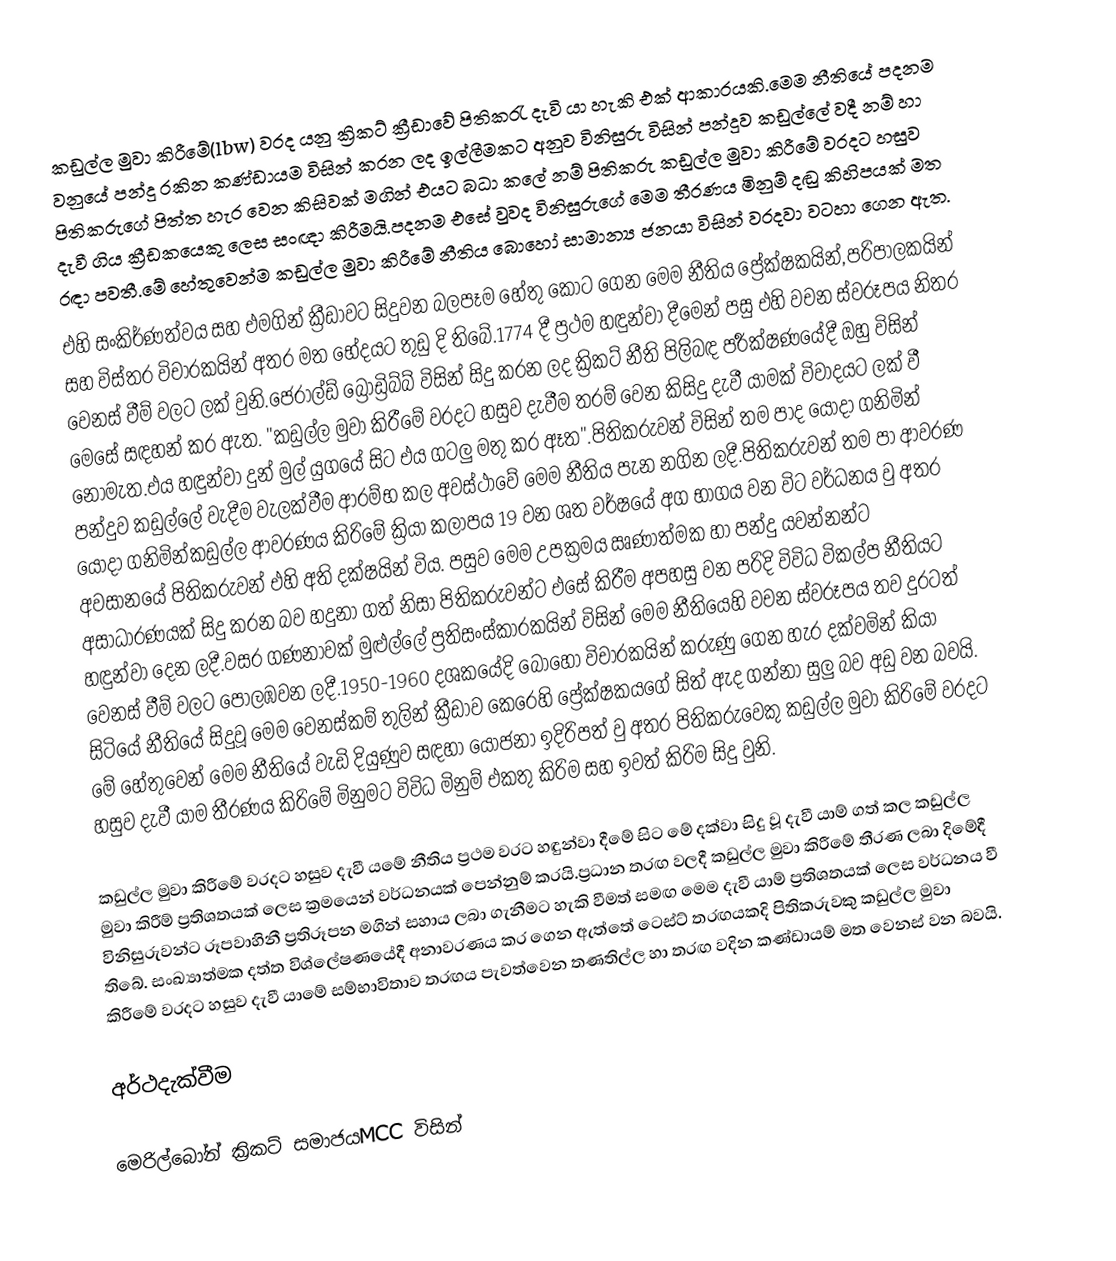
කඩුල්ල මුවා කිරීමේ(lbw) වරද යනු ක්‍රිකට් ක්‍රීඩාවේ පිතිකරැ  දැවි යා හැකි එක් ආකාරයකි.මෙම නීතියේ පදනම වනුයේ පන්දු රකින කණ්ඩායම විසින් කරන ලද ඉල්ලීමකට අනුව විනිසුරු විසින් පන්දුව කඩුල්ලේ වදී නම් හා පිතිකරුගේ පිත්ත හැර වෙන කිසිවක් මගින් එයට බධා කලේ නම් පිතිකරු කඩුල්ල මුවා කිරීමේ වරදට හසුව දැවී ගිය ක්‍රීඩකයෙකු ලෙස සංඥා කිරීමයි.පදනම එසේ වුවද විනිසුරුගේ මෙම තීරණය මිනුම් දඬු කිහිපයක් මත රඳා පවතී.මේ හේතුවෙන්ම කඩුල්ල මුවා කිරීමේ නීතිය බොහෝ සාමාන්‍ය ජනයා විසින් වරදවා වටහා ගෙන ඇත.
එහි සංකිර්ණත්වය සහ එමගින් ක්‍රීඩාවට සිදුවන බලපෑම හේතු කොට ගෙන මෙම නීතිය ප්‍රේක්ෂකයින්,පරිපාලකයින් සහ විස්තර විචාරකයින් අතර මත භේදයට තුඩු දි තිබේ.1774 දී ප්‍රථම හඳුන්වා දීමෙන් පසු එහි වචන ස්වරූපය නිතර වෙනස් වීම් වලට ලක් වුනි.ජෙරාල්ඩ් බ්‍රොඩ්‍රිබ්බ් විසින් සිදු කරන ලද ක්‍රිකට් නීති පිලිබඳ පර්‍රක්ෂණයේදී ඔහු විසින් මෙසේ සඳහන් කර ඇත. "කඩුල්ල මුවා කිරීමේ වරදට හසුව දැවීම තරම් වෙන කිසිදු දැවී යාමක් විවාදයට ලක් වී නොමැත.එය හඳුන්වා දුන් මුල් යුගයේ සිට එය ගටලු මතු කර ඈත".පිතිකරුවන් විසින් තම පාද යොදා ගනිමින් පන්දුව කඩුල්ලේ වැදීම වැලක්වීම ආරම්භ කල අවස්ථාවේ මෙම නීතිය පැන නගින ලදී.පිතිකරුවන් තම පා ආවරණ යොදා ගනිමින්කඩුල්ල ආවරණය කිරිමේ ක්‍රියා කලාපය 19 වන ශත වර්ෂයේ අග භාගය වන විට වර්ධනය වු අතර අවසානයේ පිතිකරුවන් එහි අති දක්ෂයින් විය. පසුව මෙම උපක්‍රමය ඍණාත්මක හා පන්දු යවන්නන්ට අසාධාරණයක් සිදු කරන බව හදුනා ගත් නිසා පිතිකරුවන්ට එසේ කිරීම අපහසු වන පරිදි විවිධ විකල්ප නීතියට හඳුන්වා දෙන ලදී.වසර ගණනාවක් මුළුල්ලේ ප්‍රතිසංස්කාරකයින් විසින් මෙම නීතියෙහි වචන ස්වරූපය තව දුරටත් වෙනස් වීම් වලට පොලඹවන ලදී.1950-1960 දශකයේදි බොහෝ විචාරකයින් කරුණු ගෙන හැර දක්වමින් කියා සිටියේ නීතියේ සිදුවූ මෙම වෙනස්කම් තුලින් ක්‍රීඩාව කෙරෙහි ප්‍රේක්ෂකයගේ සිත් ඇද ගන්නා සුලු බව අඩු වන බවයි. මේ හේතුවෙන් මෙම නීතියේ වැඩි දියුණුව සඳහා යෝජනා ඉදිරිපත් වු අතර පිතිකරුවෙකු කඩුල්ල මුවා කිරිමේ වරදට හසුව දැවී යාම තීරණය කිරිමේ මිනුමට විවිධ මිනුම් එකතු කිරිම සහ ඉවත් කිරිම සිදු වුනි.

කඩුල්ල මුවා කිරීමේ වරදට හසුව දැවී යමේ නීතිය ප්‍රථම වරට හඳුන්වා දීමේ සිට මේ දක්වා සිදු වූ දැවී යාම් ගත් කල කඩුල්ල මුවා කිරීම් ප්‍රතිශතයක් ලෙස ක්‍රමයෙන් වර්ධනයක් පෙන්නුම් කරයි.ප්‍රධාන තරඟ වලදී කඩුල්ල මුවා කිරීමේ තීරණ ලබා දිමේදී විනිසුරුවන්ට  රූපවාහිනී ප්‍රතිරූපන මගින් සහාය ලබා ගැනීමට හැකි වීමත් සමඟ මෙම දැවී යාම් ප්‍රතිශතයක් ලෙස වර්ධනය වී තිබේ. සංඛ්‍යාත්මක දත්ත විශ්ලේෂණයේදී අනාවරණය කර ගෙන ඇත්තේ  ටෙස්ට් තරඟයකදි පිතිකරුවකු කඩුල්ල මුවා කිරීමේ වරදට හසුව දැවී යාමේ සම්භාවිතාව තරඟය පැවත්වෙන තණතිල්ල හා තරඟ වදින කණ්ඩායම් මත වෙනස් වන බවයි.

අර්ථදැක්වීම

මෙරිල්බෝන් ක්‍රිකට් සමාජයMCC විසින්